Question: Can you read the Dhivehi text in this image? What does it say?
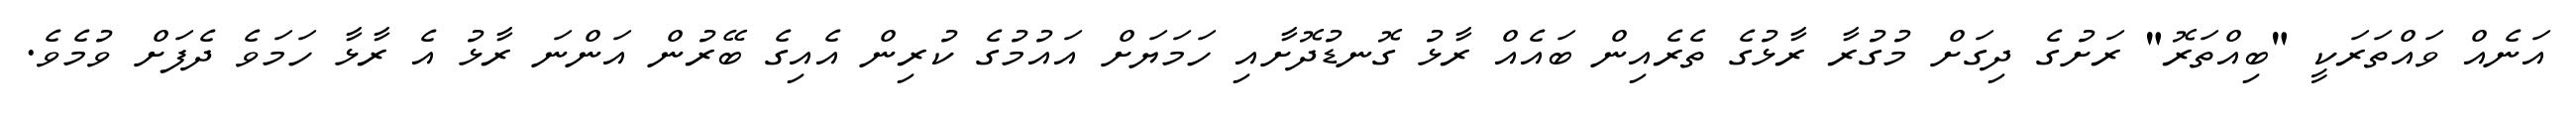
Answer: އަނެއް ވައްތަރަކީ "ބިއްތަރޮ" ރަށުގެ ދިގަށް މުގުރާ ރާޅުގެ ތެރެއިން ބައެއް ރާޅު ގޮނޑުދޮށާއި ހަމަޔަށް އައުމުގެ ކުރިން އެއިގެ ބޭރުން އަންނަ ރާޅު އެ ރާޅާ ހަމަވެ ދެފަށް ވުމެވެ.